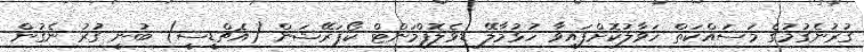
ގުރުނެގުމުގެ މަސައްކަތް ހަވާލުކޮށްފައިވާ ހުޅުމާލޭ ޑިވެލޮޕްމަންޓް ކޯޕަރޭޝަން (އެޗްޑީސީ) ބުނީ ގުރު ނެގުން